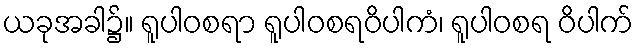
ယခုအခါ၌။ ရူပါဝစရာ ရူပါဝစရဝိပါကံ၊ ရူပါဝစရ ဝိပါက်